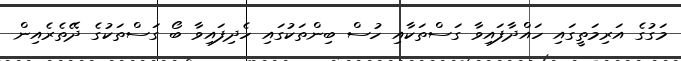
މަގުގެ އަރިމަތީގައި ހައްދާފައިވާ ގަސްތަކާއި ހުސް ބިންތަކުގައި ހެދިފައިވާ ބޯ ގަސްތަކުގެ ދޭތެރެއިން